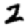
Digit: 2